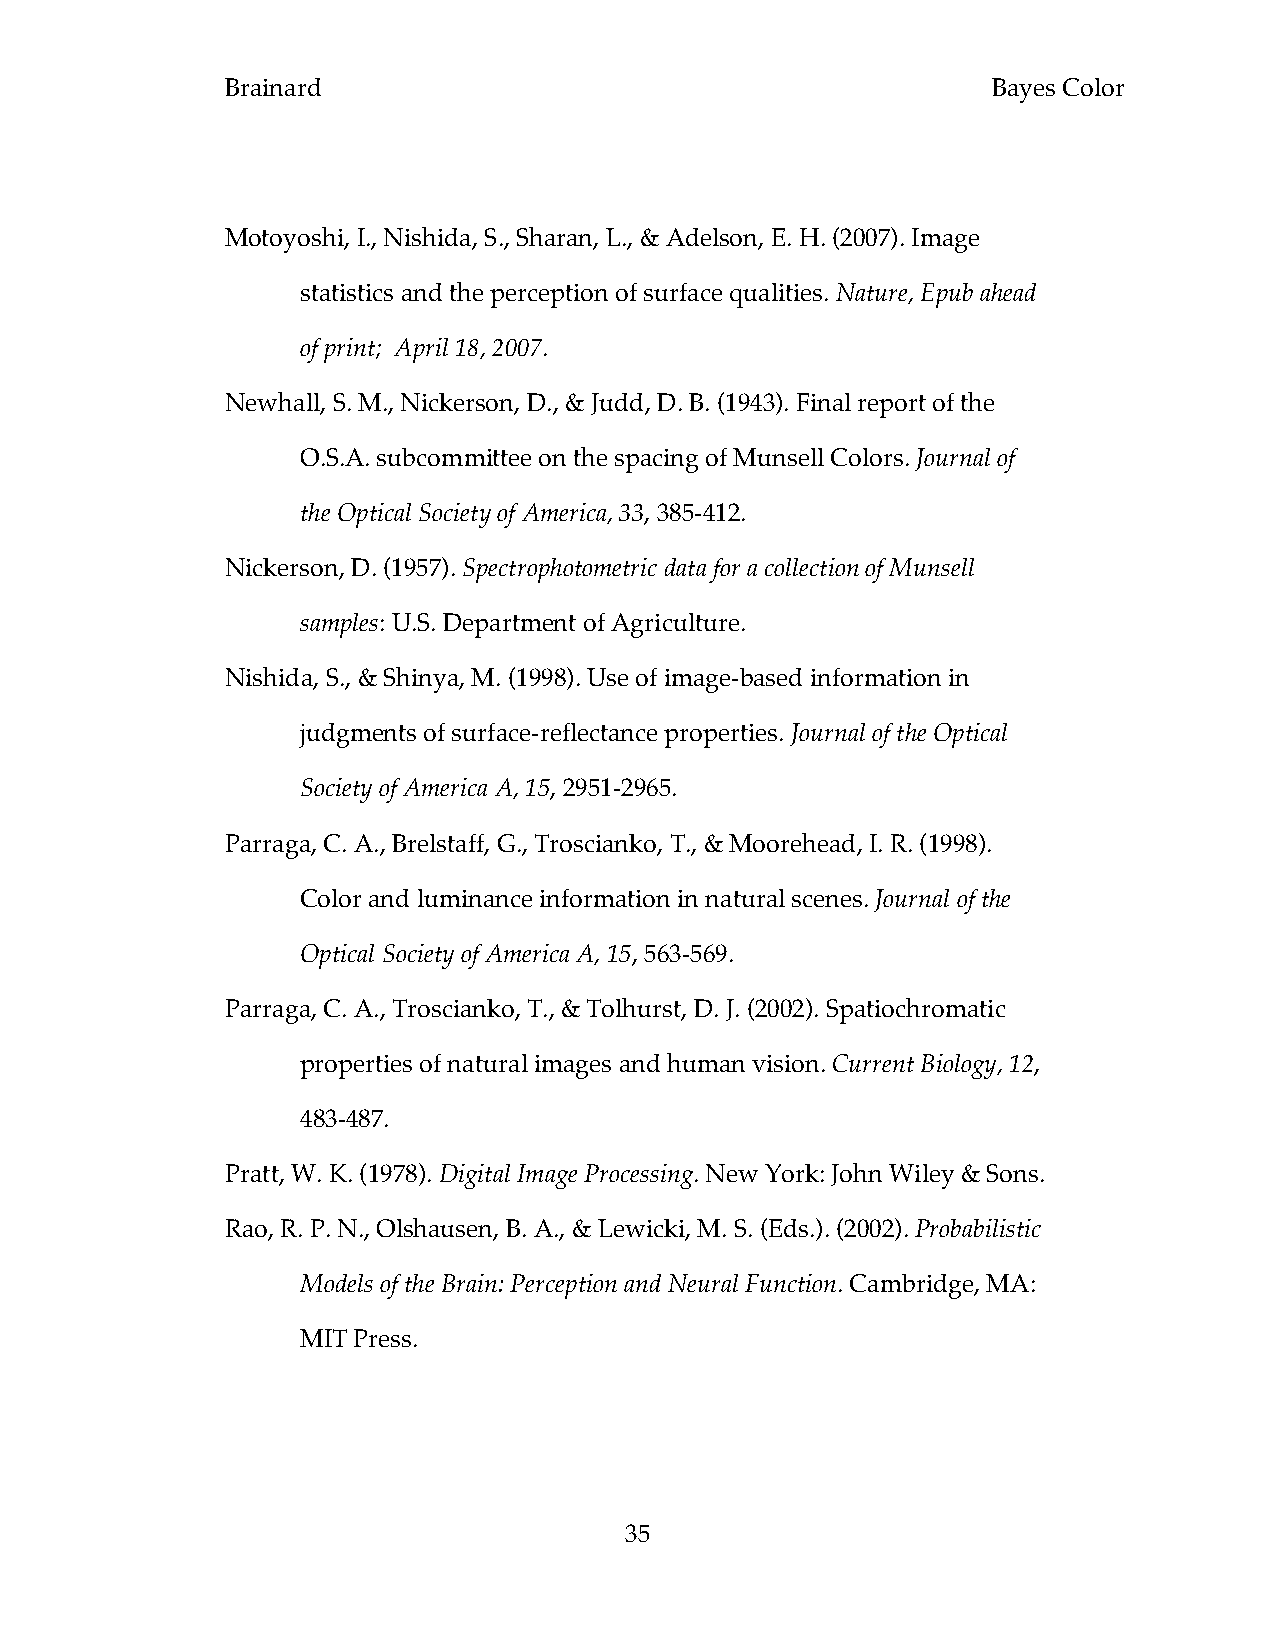
Brainard                                           Bayes Color
 Motoyoshi, I., Nishida, S., Sharan, L., & Adelson, E. H. (2007). Image
 statistics and the perception of surface qualities. Nature, Epub ahead
 of print; April 18, 2007.
 Newhall, S. M., Nickerson, D., & Judd, D. B. (1943). Final report of the
 O.S.A. subcommittee on the spacing of Munsell Colors. Journal of
 the Optical Society of America, 33, 385-412.
 Nickerson, D. (1957). Spectrophotometric data for a collection of Munsell
 samples: U.S. Department of Agriculture.
 Nishida, S., & Shinya, M. (1998). Use of image-based information in
 judgments of surface-reflectance properties. Journal of the Optical
 Society of America A, 15, 2951-2965.
 Parraga, C. A., Brelstaff, G., Troscianko, T., & Moorehead, I. R. (1998).
 Color and luminance information in natural scenes. Journal of the
 Optical Society of America A, 15, 563-569.
 Parraga, C. A., Troscianko, T., & Tolhurst, D. J. (2002). Spatiochromatic
 properties of natural images and human vision. Current Biology, 12,
 483-487.
 Pratt, W. K. (1978). Digital Image Processing. New York: John Wiley & Sons.
 Rao, R. P. N., Olshausen, B. A., & Lewicki, M. S. (Eds.). (2002). Probabilistic
 Models of the Brain: Perception and Neural Function. Cambridge, MA:
 MIT Press.
 35